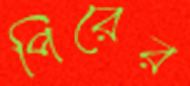
পিরের